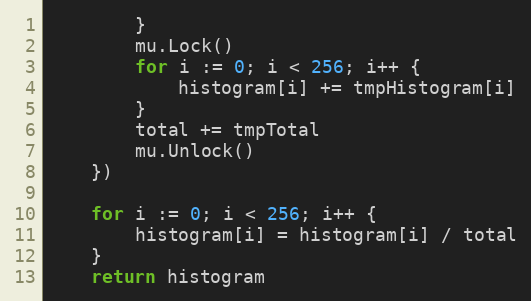
Language: Go
		}
		mu.Lock()
		for i := 0; i < 256; i++ {
			histogram[i] += tmpHistogram[i]
		}
		total += tmpTotal
		mu.Unlock()
	})

	for i := 0; i < 256; i++ {
		histogram[i] = histogram[i] / total
	}
	return histogram